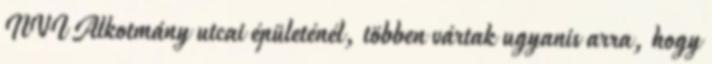
NVI Alkotmány utcai épületénél, többen vártak ugyanis arra, hogy